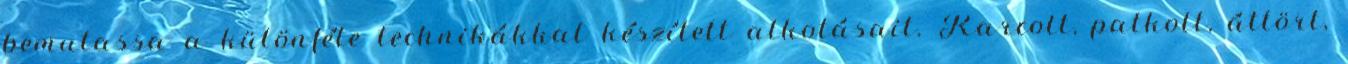
bemutassa a különféle technikákkal készített alkotásait. Karcolt, patkolt, áttört,